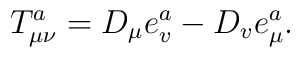
T_{\mu \nu }^a=D_\mu e_v^a-D_ve_\mu ^a.